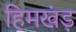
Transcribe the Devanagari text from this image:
हिमखंड़